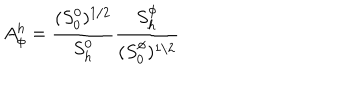
LaTeX: A _ { \phi } ^ { h } = \frac { ( S _ { 0 } ^ { 0 } ) ^ { 1 / 2 } } { S _ { h } ^ { 0 } } \frac { S _ { h } ^ { \phi } } { ( S _ { 0 } ^ { \phi } ) ^ { 1 / 2 } }